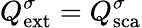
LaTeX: Q_{\mathrm{{ext}}}^{\sigma}=Q_{\mathrm{{sca}}}^{\sigma}